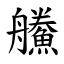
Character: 䲍